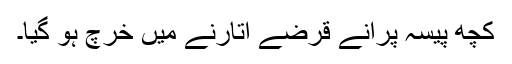
کچھ پیسہ پرانے قرضے اتارنے میں خرچ ہو گیا۔